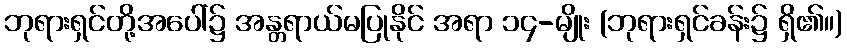
ဘုရားရှင်တို့အပေါ်၌ အန္တရာယ်မပြုနိုင် အရာ ၁၄-မျိုး (ဘုရားရှင်ခန်း၌ ရှိ၏။)